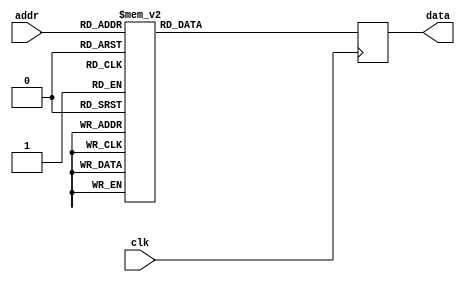
module rom_firbank_96_192(
    input wire clk,
    input wire [3:0] addr,
    output wire [23:0] data);
reg [23:0] data_ff;
assign data = data_ff;
always @(posedge clk) begin
    case(addr)
        0: data_ff <= 24'h16B4E1; // 1488097
        1: data_ff <= 24'h050C70; // 330864
        2: data_ff <= 24'hFD6D3E; // -168642
        3: data_ff <= 24'hFEFCB7; // -66377
        4: data_ff <= 24'h003573; // 13683
        5: data_ff <= 24'h0013DD; // 5085
        6: data_ff <= 24'hFFFF42; // -190
        7: data_ff <= 24'hFFFFF6; // -10
        8: data_ff <= 24'h1C8992; // 1870226
        9: data_ff <= 24'h0DAAE0; // 895712
        10: data_ff <= 24'hFF750F; // -35569
        11: data_ff <= 24'hFDCF4A; // -143542
        12: data_ff <= 24'hFFE0FC; // -7940
        13: data_ff <= 24'h002F67; // 12135
        14: data_ff <= 24'h00036F; // 879
        15: data_ff <= 24'hFFFF93; // -109

        default: data_ff <= 0;
    endcase
end
endmodule